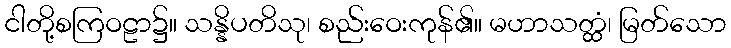
ငါတို့စကြဝဠာ၌။ သန္နိပတိသု၊ စည်းဝေးကုန်၏။ မဟာသတ္ထံ၊ မြတ်သော